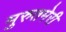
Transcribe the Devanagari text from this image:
मुरुतमेरी